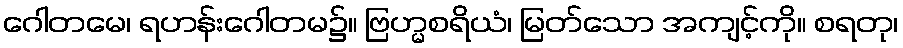
ဂေါတမေ၊ ရဟန်းဂေါတမ၌။ ဗြဟ္မစရိယံ၊ မြတ်သော အကျင့်ကို။ စရတု၊